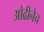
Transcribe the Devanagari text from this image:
ओढीनेच